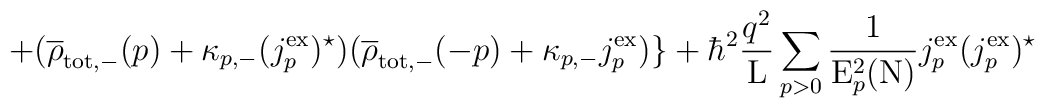
+(\overline{\rho}_{\rm tot,-}(p) + {\kappa}_{p,-}(j_p^{\rm ex})^{\star})(\overline{\rho}_{\rm tot,-}(-p) + {\kappa}_{p,-}{j_p^{\rm ex}}) \}+ {\hbar}^2 \frac{q^2}{\rm L} \sum_{p>0} \frac{1}{{\rm E}_p^2({\rm N})}j_p^{\rm ex} (j_p^{\rm ex})^{\star}